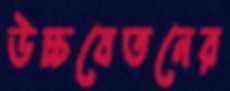
উচ্চবেতনের